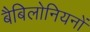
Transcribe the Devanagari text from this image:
बैबिलोनियनों